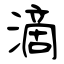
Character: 滴